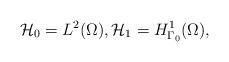
LaTeX: \begin{align*} \mathcal H_0= L^2(\Omega), \mathcal H_1 = H^1_{\Gamma_0}(\Omega), \end{align*}